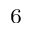
_ 6